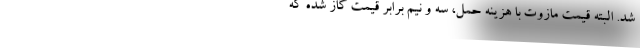
شد. البته قیمت مازوت با هزینه حمل، سه و نیم برابر قیمت گاز شده که